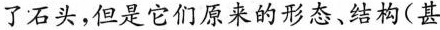
了石头，但是它们原来的形态、结构(甚